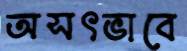
অসৎভাবে